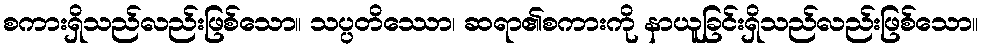
စကားရှိသည်လည်းဖြစ်သော။ သပ္ပတိဿော၊ ဆရာ၏စကားကို နာယူခြင်းရှိသည်လည်းဖြစ်သော။